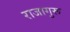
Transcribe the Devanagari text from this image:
राजागुरू